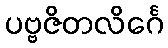
ပဗ္ဗဇိတလိင်္ဂေ